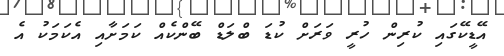
އޭޑީކޭގައި ކުރިން ހުރީ ވަރަށް ކުޑަ ބްލަޑް ބޭންކެއް ކަމަށާއި އެކަމަކު އެ